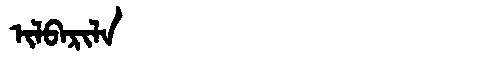
Manchu: ᡳᠯᠪᠠᡵᡳᠯᠠ
Romanization: ILBARILA